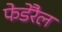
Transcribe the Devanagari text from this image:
फेडेरैल